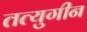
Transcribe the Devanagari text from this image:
तत्युगीन